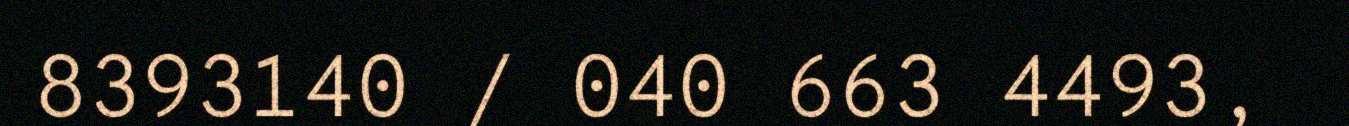
8393140 / 040 663 4493,